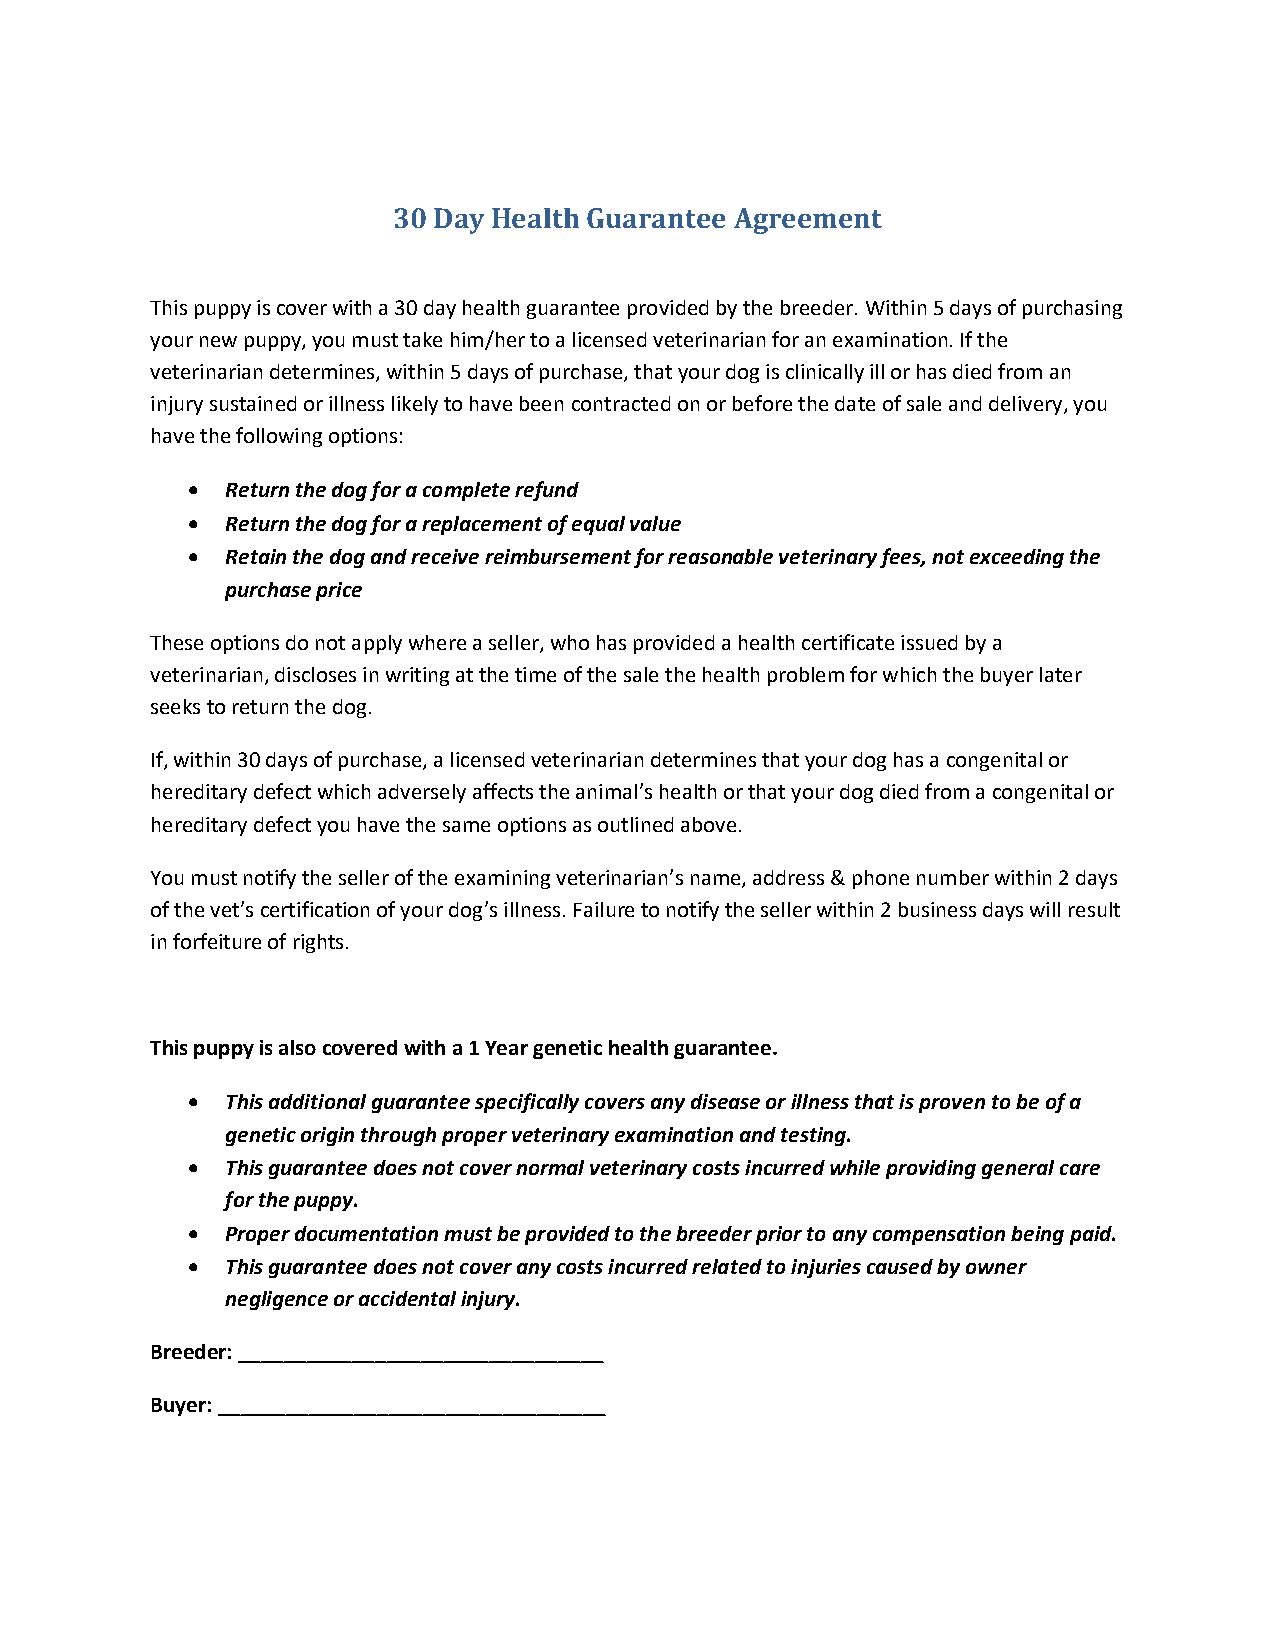
30 Day Health Guarantee Agreement
 This puppy is cover with a 30 day health guarantee provided by the breeder. Within 5 days of purchasing
 your new puppy, you must take him/her to a licensed veterinarian for an examination. If the
 veterinarian determines, within 5 days of purchase, that your dog is clinically ill or has died from an
 injury sustained or illness likely to have been contracted on or before the date of sale and delivery, you
 have the following options:
   Return the dog for a complete refund
   Return the dog for a replacement of equal value
   Retain the dog and receive reimbursement for reasonable veterinary fees, not exceeding the
 purchase price
 These options do not apply where a seller, who has provided a health certificate issued by a
 veterinarian, discloses in writing at the time of the sale the health problem for which the buyer later
 seeks to return the dog.
 If, within 30 days of purchase, a licensed veterinarian determines that your dog has a congenital or
 hereditary defect which adversely affects the animal’s health or that your dog died from a congenital or
 hereditary defect you have the same options as outlined above.
 You must notify the seller of the examining veterinarian’s name, address & phone number within 2 days
 of the vet’s certification of your dog’s illness. Failure to notify the seller within 2 business days will result
 in forfeiture of rights.
 This puppy is also covered with a 1 Year genetic health guarantee.
   This additional guarantee specifically covers any disease or illness that is proven to be of a
 genetic origin through proper veterinary examination and testing.
   This guarantee does not cover normal veterinary costs incurred while providing general care
 for the puppy.
   Proper documentation must be provided to the breeder prior to any compensation being paid.
   This guarantee does not cover any costs incurred related to injuries caused by owner
 negligence or accidental injury.
 Breeder: ________________________________
 Buyer: __________________________________